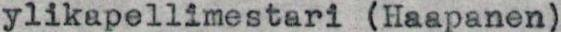
ylikapellimestari (Haapanen)